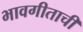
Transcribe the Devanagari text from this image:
भावगीताची